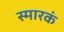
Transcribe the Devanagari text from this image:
स्मारकं